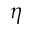
\eta